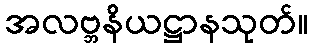
အလဗ္ဘနိယဋ္ဌာနသုတ်။